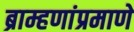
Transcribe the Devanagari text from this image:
ब्राम्हणांप्रमाणे